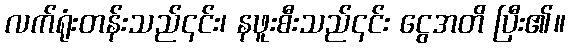
လက်ရုံးတန်းသည်၎င်း၊ နဖူးစီးသည်၎င်း ငွေအတိ ပြီး၏။